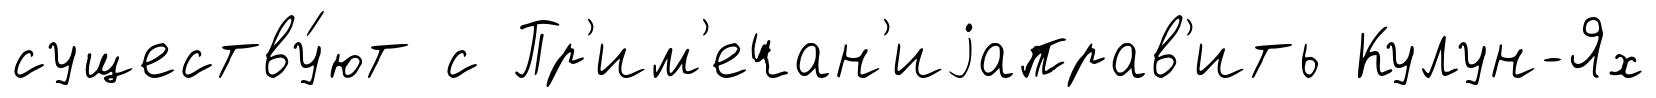
существу́ют с Пр'им'ечан'иjаправ'ить Кулун-Ях